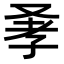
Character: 𠭂